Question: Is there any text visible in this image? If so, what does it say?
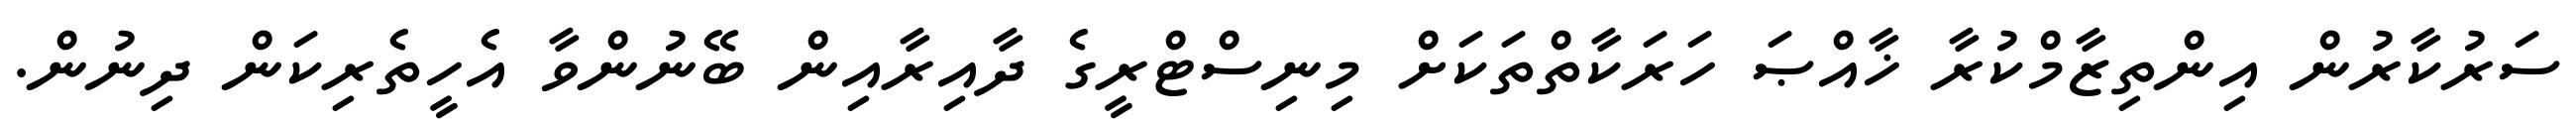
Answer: ސަރުކާރުން އިންތިޒާމްކުރާ ޚާއްޞަ ހަރަކާތްތަކަށް މިނިސްޓްރީގެ ދާއިރާއިން ބޭނުންވާ އެހީތެރިކަން ދިނުން.